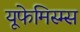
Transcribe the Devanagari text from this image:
यूफेमिस्म्स